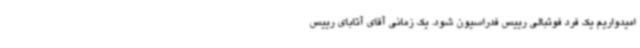
امیدواریم یک فرد فوتبالی رییس فدراسیون شود. یک زمانی آقای آتابای رییس